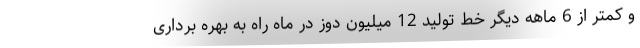
و کمتر از 6 ماهه دیگر خط تولید 12 میلیون دوز در ماه راه به بهره برداری